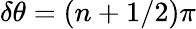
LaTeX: \delta\theta=\left(n+1/2\right)\pi